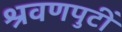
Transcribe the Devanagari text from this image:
श्रवणपुटीं